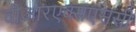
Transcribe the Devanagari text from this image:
वीआरएक्सएससी